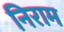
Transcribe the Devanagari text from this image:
निराम